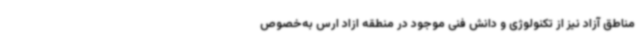
مناطق آزاد نیز از تکنولوژی و دانش فنی موجود در منطقه ازاد ارس به‌خصوص